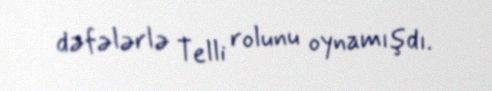
dəfələrlə Telli rolunu oynamışdı.